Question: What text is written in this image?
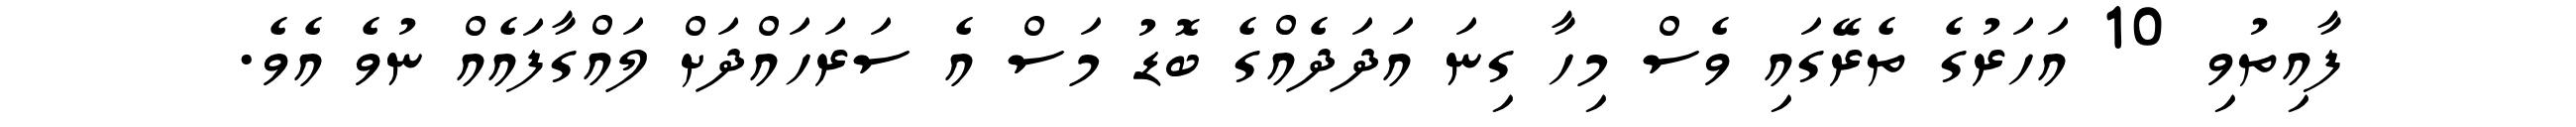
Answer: ފާއިތުވި 10 އަހަރުގެ ތެރޭގައި ވެސް މިހާ ގިނަ އަދަދެއްގެ ބޮޑު މަސް އެ ސަރަހައްދަށް ލައްގާފައެއް ނުވެ އެވެ.